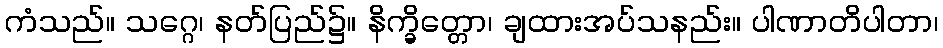
ကံသည်။ သဂ္ဂေ၊ နတ်ပြည်၌။ နိက္ခိတ္တော၊ ချထားအပ်သနည်း။ ပါဏာတိပါတာ၊